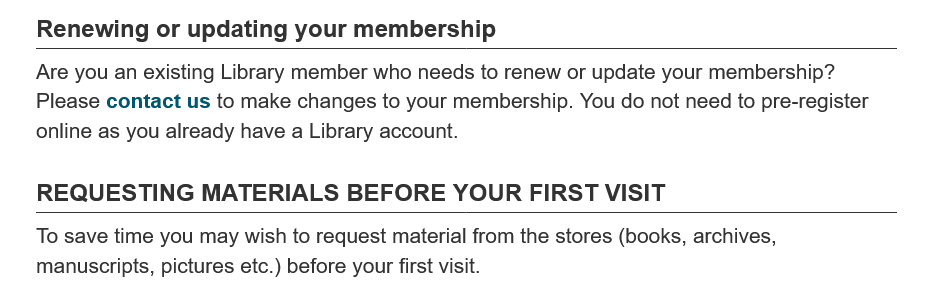
Renewing  or updating your membership
    REQUESTING    MATERIALS   BEFORE   YOUR FIRST VISIT
    To save time you may wish to request material from the stores (books, archives,
    manuscripts, pictures etc.) before your first visit.
    Are you an existing Library member who needs to renew or update your membership?
    Please contact us to make changes to your membership. You do not need to pre-register
    online as you already have a Library account.